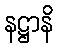
နဋ္ဌာနိ